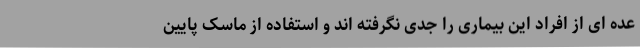
عده ای از افراد این بیماری را جدی نگرفته اند و استفاده از ماسک پایین